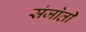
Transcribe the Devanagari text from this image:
संजोती